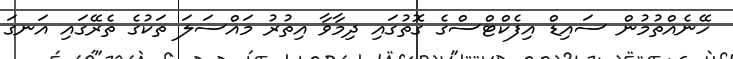
ހޭނެއްތުމުން ސައިޑް އިފެކްޓްސްގެ ގޮތުގައި ދިމާވާ އިތުރު މައްސަލަ ތަކުގެ ތެރޭގައި އަނގަ